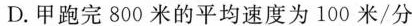
D.甲跑完800米的平均速度为100米/分